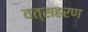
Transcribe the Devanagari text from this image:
वत्सहरण